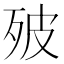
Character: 㱟